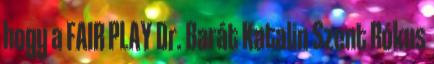
hogy a FAIR PLAY Dr. Barát Katalin Szent Rókus